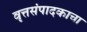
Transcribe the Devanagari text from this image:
वृत्तसंपादकाचा